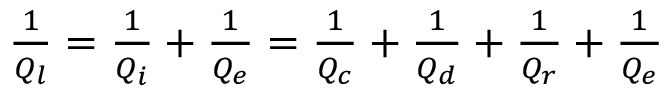
\begin{array} { r } { \frac { 1 } { Q _ { l } } = \frac { 1 } { Q _ { i } } + \frac { 1 } { Q _ { e } } = \frac { 1 } { Q _ { c } } + \frac { 1 } { Q _ { d } } + \frac { 1 } { Q _ { r } } + \frac { 1 } { Q _ { e } } } \end{array}